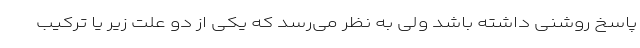
پاسخ روشنی داشته باشد ولی به نظر می‌رسد که یکی از دو علت زیر یا ترکیب